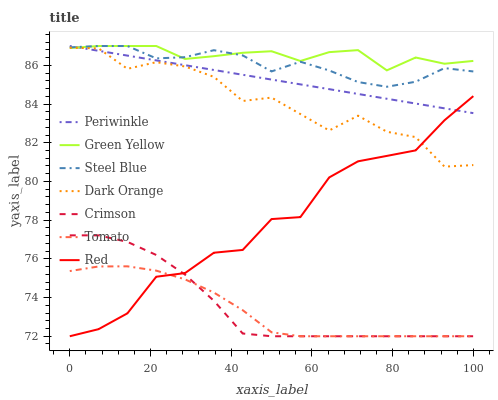
| xaxis_label | Periwinkle | Green Yellow | Steel Blue | Dark Orange | Crimson | Tomato | Red |
 | --- | --- | --- | --- | --- | --- | --- | --- |
 | 0 | 87 | 86.9 | 86.9 | 86.9 | 77.2 | 75.4 | 72 |
 | 7.14 | 86.8 | 87 | 87 | 86.9 | 77.2 | 75.6 | 72.4 |
 | 14.3 | 86.5 | 87 | 87 | 85.8 | 76.9 | 75.6 | 73.2 |
 | 21.4 | 86.3 | 87 | 86.4 | 86.2 | 76.2 | 75.4 | 75.1 |
 | 28.6 | 86 | 86.3 | 86.4 | 85.9 | 75.2 | 74.9 | 75.3 |
 | 35.7 | 85.8 | 86.5 | 86.8 | 85.4 | 73.8 | 74.3 | 76.3 |
 | 42.9 | 85.5 | 86.6 | 86.5 | 84.2 | 72.1 | 73.3 | 76.5 |
 | 50 | 85.3 | 86.7 | 85.7 | 84.3 | 72 | 72.2 | 78.1 |
 | 57.1 | 85 | 86.2 | 86.2 | 83.5 | 72 | 72 | 78.2 |
 | 64.3 | 84.8 | 86.7 | 85.7 | 82.6 | 72 | 72 | 80.2 |
 | 71.4 | 84.5 | 86.8 | 85.1 | 83.4 | 72 | 72 | 81 |
 | 78.6 | 84.3 | 85.7 | 84.9 | 82.6 | 72 | 72 | 81.3 |
 | 85.7 | 84 | 86.4 | 85.2 | 82.3 | 72 | 72 | 81.6 |
 | 92.9 | 83.8 | 86.1 | 85.9 | 80.8 | 72 | 72 | 83.2 |
 | 100 | 83.5 | 86.2 | 85.7 | 80.8 | 72 | 72 | 84.4 |